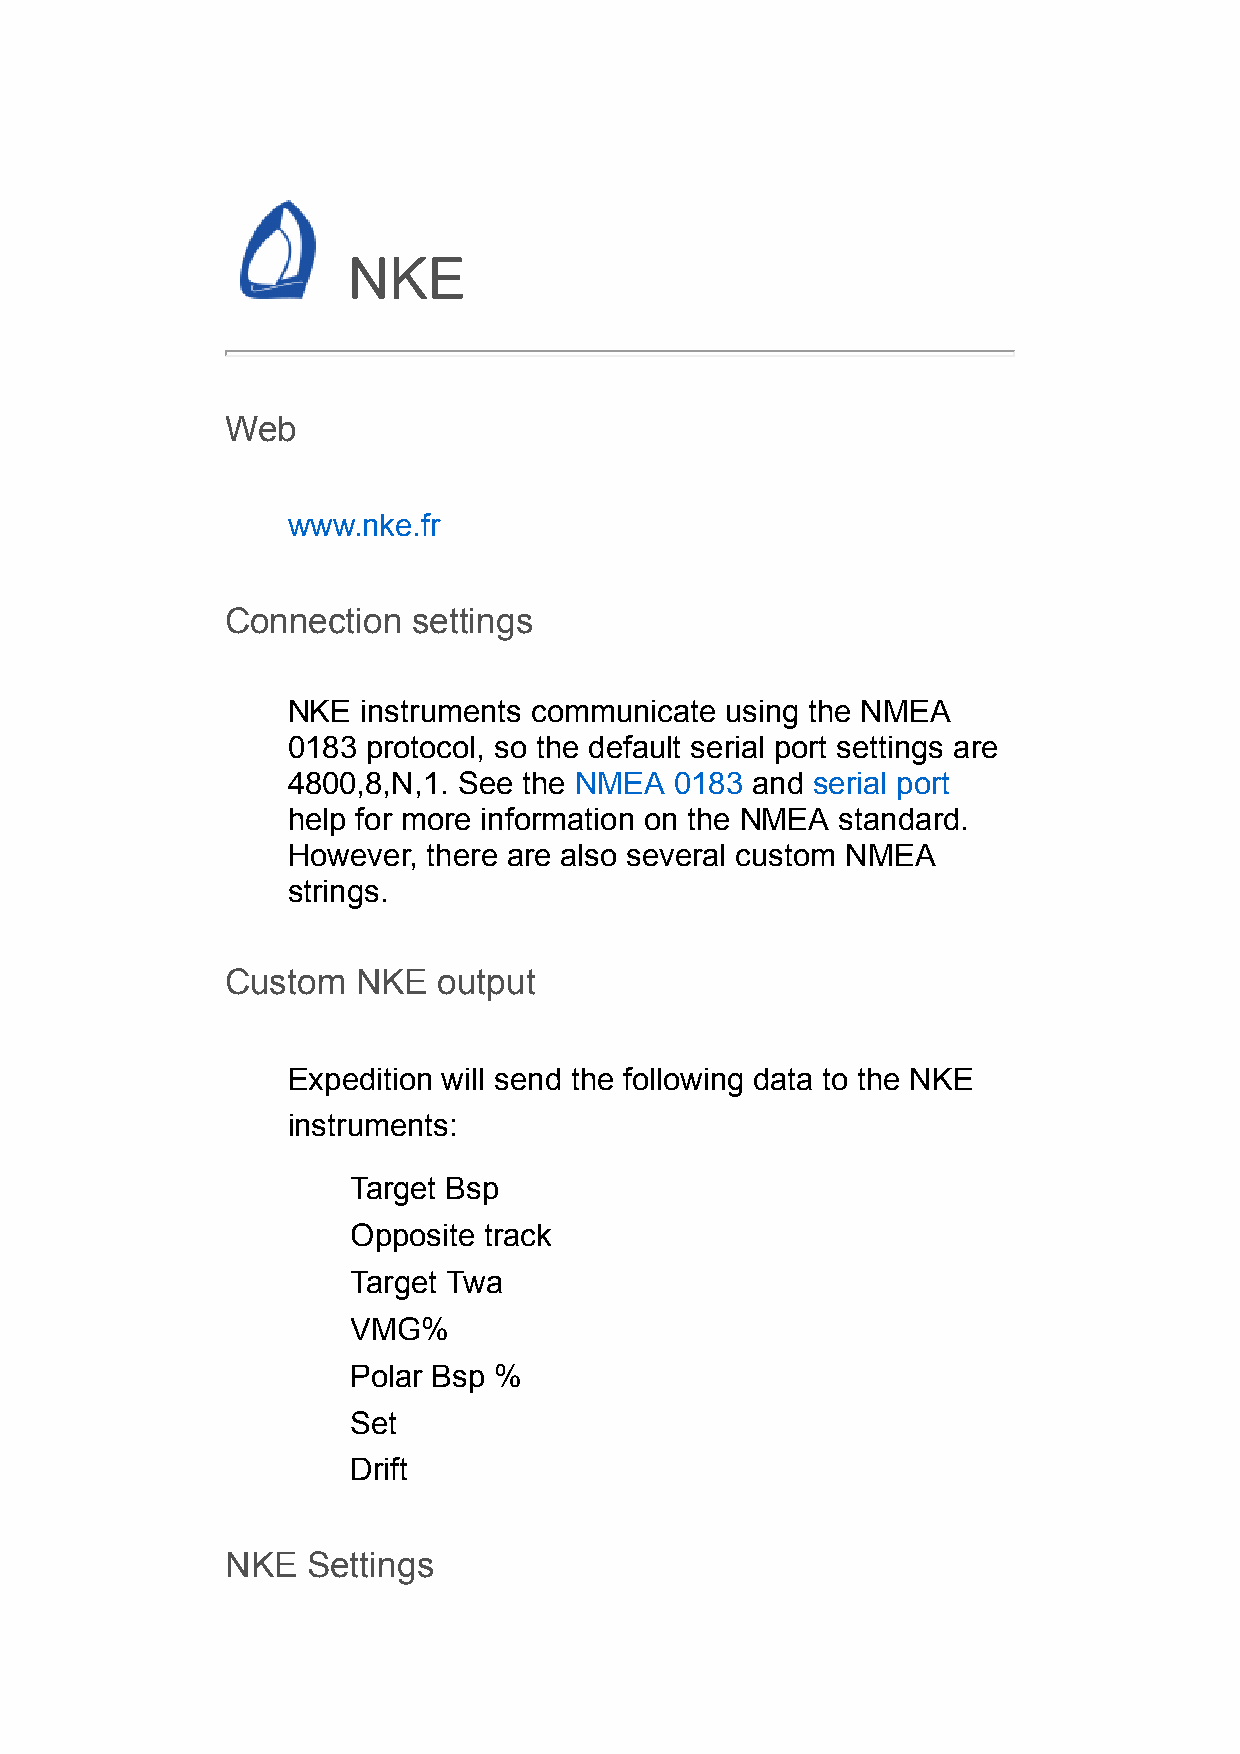
NKE
 Web
 www.nke.fr
 Connection  settings
 NKE  instruments communicate using the NMEA
 0183 protocol, so the default serial port settings are
 4800,8,N,1. See the NMEA  0183 and serial port
 help for more information on the NMEA standard.
 However, there are also several custom NMEA
 strings.
 Custom   NKE  output
 Expedition will send the following data to the NKE
 instruments:
 Target Bsp
 Opposite track
 Target Twa
 VMG%
 Polar Bsp %
 Set
 Drift
 NKE  Settings